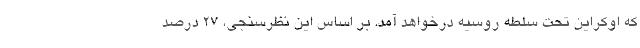
که اوکراین تحت سلطه روسیه درخواهد آمد. بر اساس این نظرسنجی، ۲۷ درصد